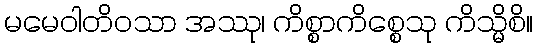
မမေဝါတိဝသာ အဿု၊ ကိစ္စာကိစ္စေသု ကိသ္မိစိ။